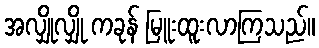
အလျှိုလျှို ကခုန် မြူးထူးလာကြသည်။